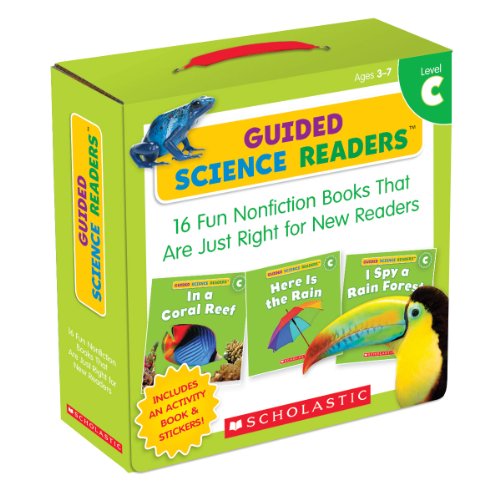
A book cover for Guided Science Readers Parent Pack: Level C: 16 Fun Nonfiction Books That Are Just Right for New Readers; Liza Charlesworth; Education & Teaching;